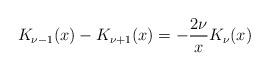
LaTeX: \begin{align*}K_{\nu-1}(x)-K_{\nu+1}(x)=-\frac{2\nu}{x}K_\nu(x)\end{align*}